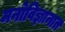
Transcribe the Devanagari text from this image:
मनोविज्ञानात